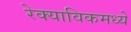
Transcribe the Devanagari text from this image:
रेक्याविकमध्ये